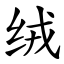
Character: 绒